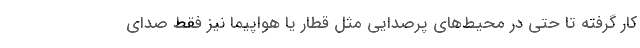
کار گرفته تا حتی در محیط‌های پرصدایی مثل قطار یا هواپیما نیز فقط صدای